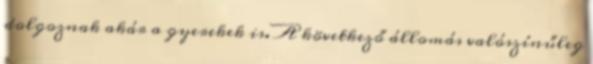
dolgoznak akár a gyerekek is. A következő állomás valószínűleg